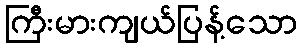
ကြီးမားကျယ်ပြန့်သော